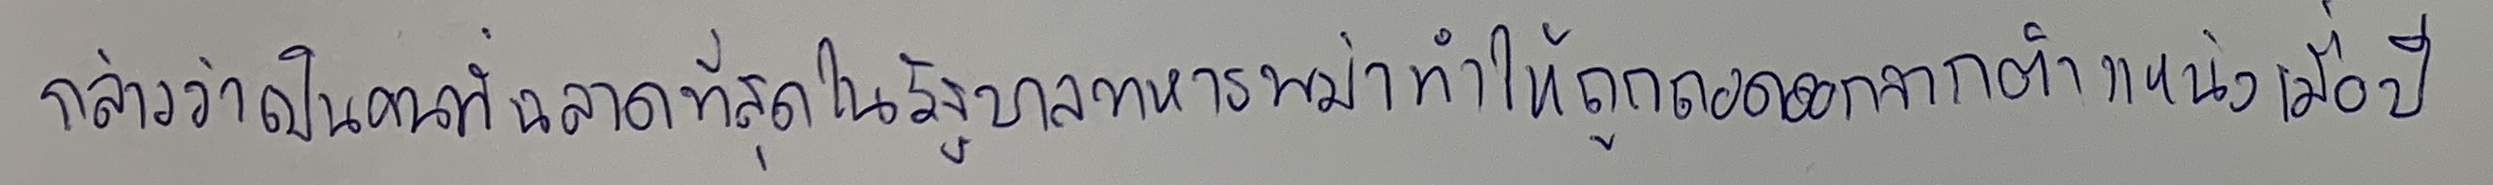
กล่าวว่าเป็นคนที่ฉลาดที่สุดในรัฐบาลทหารพม่าทำให้ถูกถอดออกจากตำแหน่งเมื่อปี